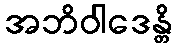
အဘိဝါဒေန္တိ